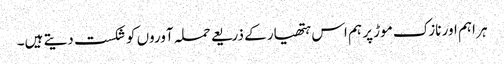
ہر اہم اور نازک موڑ پر ہم اس ہتھیار کے ذریعے حملہ آوروں کو شکست دیتے ہیں۔